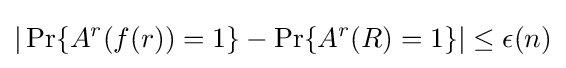
|\Pr\{A^{r}(f(r))=1\}-\Pr\{A^{r}(R)=1\}|\leq \epsilon (n)